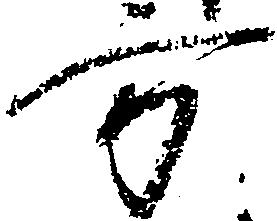
方